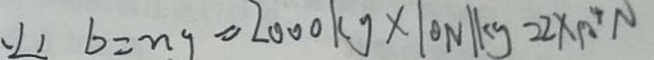
( 2 ) b = n g = 2 0 0 0 k g \times 1 0 N / k g = 2 \times 1 0 ^ { 4 } N